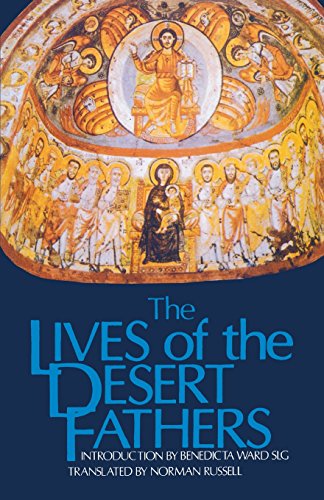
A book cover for The Lives of the Desert Fathers: Historia Monachorum in Aegypto (Cistercian Studies No. 34); Biographies & Memoirs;